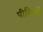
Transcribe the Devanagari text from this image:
पीढ़िओं